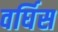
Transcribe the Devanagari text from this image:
वर्घिस